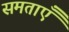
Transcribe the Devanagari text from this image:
समताएँ